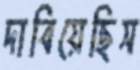
দাবিয়েছিস